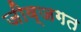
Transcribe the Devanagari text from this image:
जीव्जगत